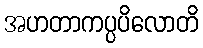
အဟတာကပ္ပပိလောတိ